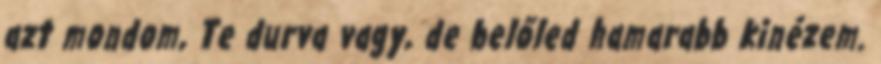
azt mondom, Te durva vagy, de belőled hamarabb kinézem.